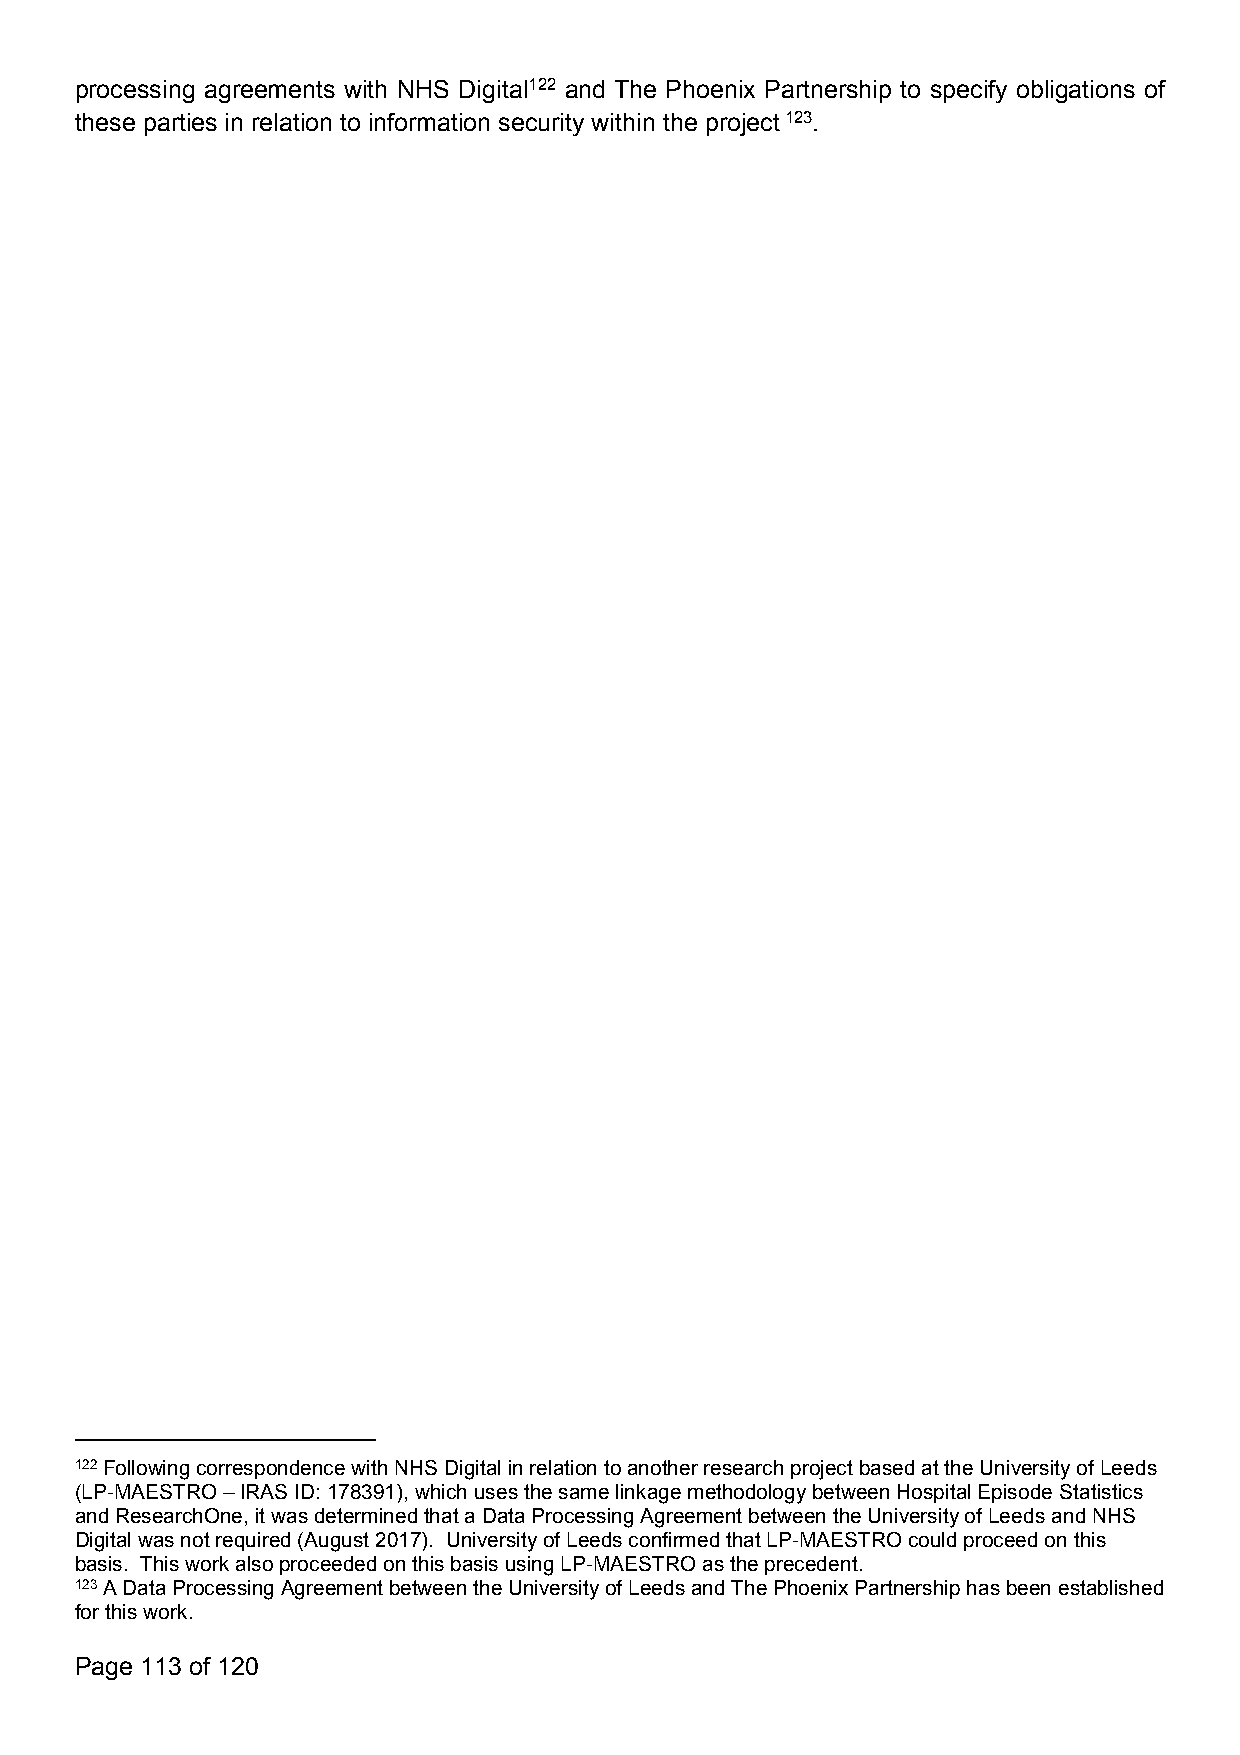
processing agreements with NHS Digital122 and The Phoenix Partnership to specify obligations of
 these parties in relation to information security within the project123.
 122FollowingcorrespondencewithNHSDigitalinrelationtoanotherresearchprojectbasedattheUniversityofLeeds
 (LP-MAESTRO–IRASID:178391),whichusesthesamelinkagemethodologybetweenHospitalEpisodeStatistics
 andResearchOne,itwasdeterminedthataDataProcessingAgreementbetweentheUniversityofLeedsandNHS
 Digitalwasnotrequired(August2017). UniversityofLeedsconfirmedthatLP-MAESTROcouldproceedonthis
 basis. ThisworkalsoproceededonthisbasisusingLP-MAESTROastheprecedent.
 123ADataProcessingAgreementbetweentheUniversityofLeedsandThePhoenixPartnershiphasbeenestablished
 forthiswork.
 Page 113 of 120